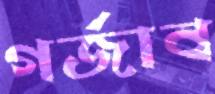
গর্জাব